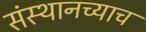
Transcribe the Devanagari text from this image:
संस्थानच्याच